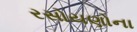
રસોયણોના